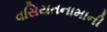
વસિયતનામાની